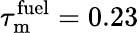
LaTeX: \tau_{\mathrm{m}}^{\mathrm{fuel}}=0.23